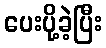
ပေးပို့ခဲ့ပြီး